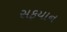
સફયાન